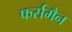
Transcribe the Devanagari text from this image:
फर्समैन